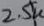
Text: 2.5K